Calcutta medical institutions reports 1871-78
Year: 1871
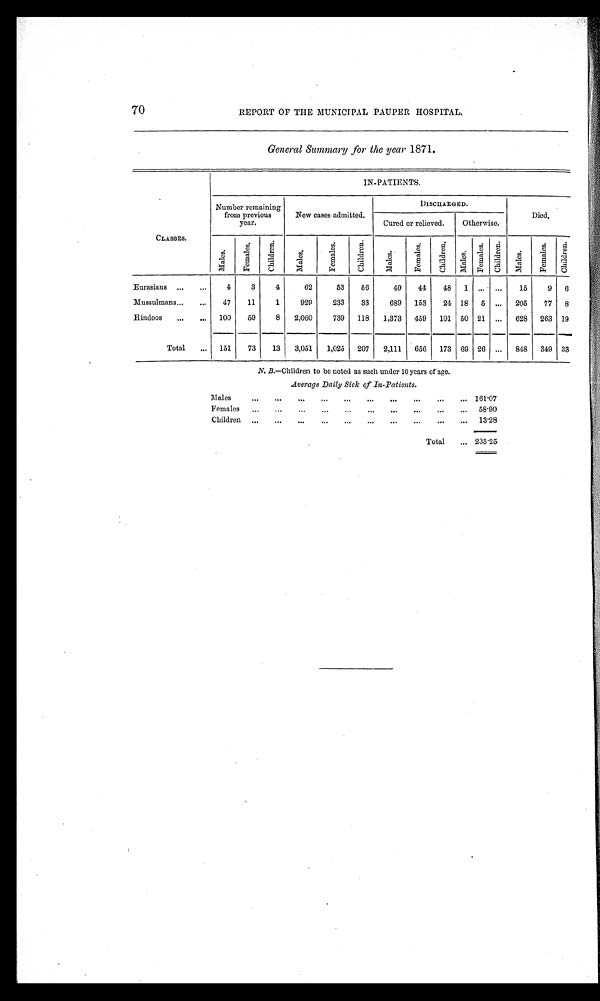
7 0
REPORT OF THE MUNICIPAL PAUPER HOSPITAL.
General Summary for the year 1871.
IN-PATIENTS.
CLASSES.
Number remaining
from previous
year.
New cases admitted.
D I S C H A R E D .
.
Died.
Cured or relieved.
Otherwise.
M a l e s .
F e m a l e s .
C h i l d r e n .
M a l e s .
F e m a l e
C h i l d r e n .
M a l e s .
F e m a l e .
C h i l d r e n .
M a l e s .
F e m a l e .
Ch i l d r e n .
M a l e s .
F e m a l e .
C h i l d r e n .
Eurasians
...
. . .
4
3
4
62
53
56
49
44
48
1
. . . ...
15
9
6
Mussulmans...
...
47
11
1
929
233
33
689
153
24 18
5 ...
205
77
8
Hindoos
...
. . . 100
59
8
2,060
739
118
1,373
459
101
50 21
...
628
263 19
Total
...
151
73
13
3,051
1,025
207
2,111
656
173 69 26 ...
848
349
33
N. B.—Children to be noted as such under 10 years of age.
Average Daily Sick of In-Patients.
Males
...
. . .
...
... ... ... ... ...
...
... 161.07
Females
...
. . .
. . .
... ... ... ... ... ... ...
58.90
Children
. . . ... ... ... ... ... ... ...
.
...
.
...
13.28
Total
... 233.25